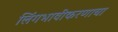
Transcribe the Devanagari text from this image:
लिंगभावीकरणाचा